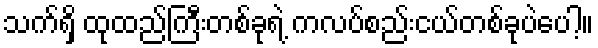
သက်ရှိ ထုထည်ကြီးတစ်ခုရဲ့ ကလပ်စည်းငယ်တစ်ခုပဲပေါ့။